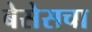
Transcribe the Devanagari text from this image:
बेसेसचा